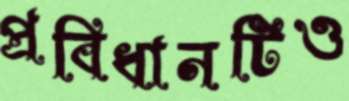
প্রবিধানটিও